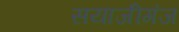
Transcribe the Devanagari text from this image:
सयाजीगंज